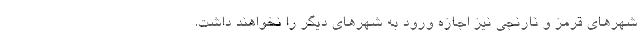
شهرهای قرمز و نارنجی نیز اجازه ورود به شهرهای دیگر را نخواهند داشت.